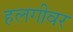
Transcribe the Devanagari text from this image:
हलगीवर